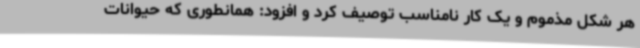
هر شکل مذموم و یک کار نامناسب توصیف کرد و افزود: همانطوری که حیوانات